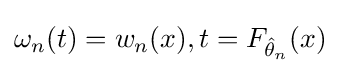
\omega _{n}(t)=w_{n}(x),t=F_{{\hat {\theta }}_{n}}(x)